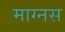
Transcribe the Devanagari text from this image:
माग्नस